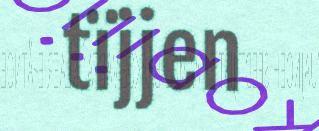
tïjjen